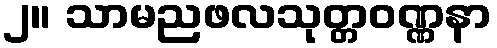
၂။ သာမညဖလသုတ္တဝဏ္ဏနာ